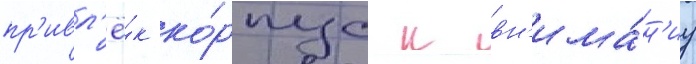
пр'ивл'ё́к ко́рпус к вн'има́н'иу